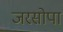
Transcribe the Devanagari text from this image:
जरसोपा